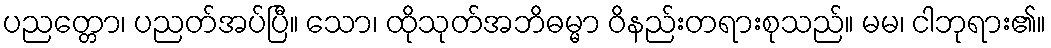
ပညတ္တော၊ ပညတ်အပ်ပြီ။ သော၊ ထိုသုတ်အဘိဓမ္မာ ဝိနည်းတရားစုသည်။ မမ၊ ငါဘုရား၏။